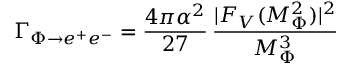
\Gamma _ { \Phi \rightarrow e ^ { + } e ^ { - } } = \frac { 4 \pi \alpha ^ { 2 } } { 2 7 } \, \frac { | F _ { V } ( M _ { \Phi } ^ { 2 } ) | ^ { 2 } } { M _ { \Phi } ^ { 3 } }